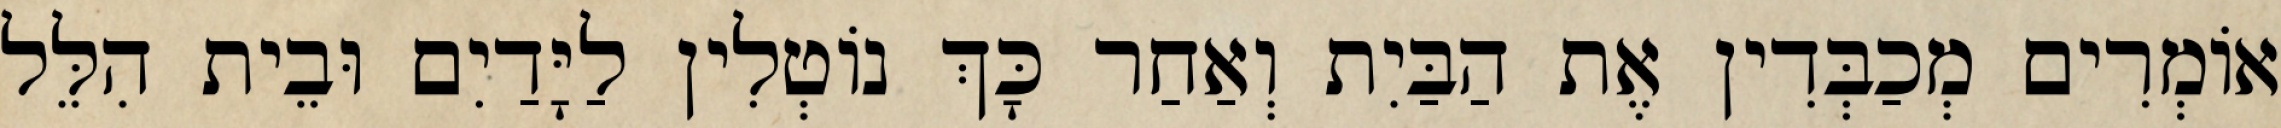
אוֹמְרִים מְכַבְּדִין אֶת הַבַּיִת וְאַחַר כָּךְ נוֹטְלִין לַיָּדַיִם וּבֵית הִלֵּל